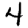
Digit: 4